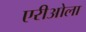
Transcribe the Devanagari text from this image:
एरीओला